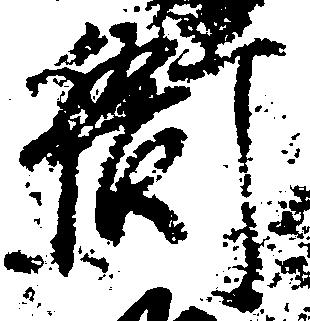
衙